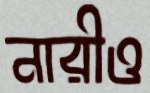
নারীও